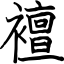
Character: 襢